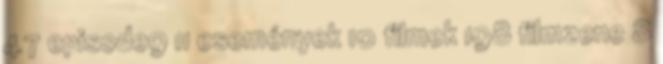
47 episode9 11 események 10 filmek 198 filmzene 8